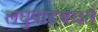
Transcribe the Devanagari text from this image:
लघुपाटबंधारे